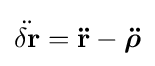
{\ddot {\delta \mathbf {r} }}=\mathbf {\ddot {r}} -{\boldsymbol {\ddot {\rho }}}